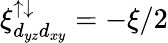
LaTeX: \xi_{d_{yz}d_{xy}}^{\uparrow\downarrow}=-\xi/2